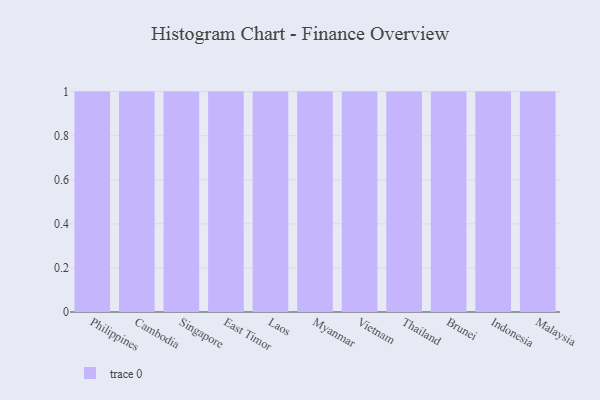
{"axis": {"x": "Country", "y": "Market Share (%)"}, "legend": [""], "data": [{"x": "Philippines", "y": 17, "type": ""}, {"x": "Cambodia", "y": 100, "type": ""}, {"x": "Singapore", "y": 28, "type": ""}, {"x": "East Timor", "y": 88, "type": ""}, {"x": "Laos", "y": 8, "type": ""}, {"x": "Myanmar", "y": 71, "type": ""}, {"x": "Vietnam", "y": 36, "type": ""}, {"x": "Thailand", "y": 25, "type": ""}, {"x": "Brunei", "y": 24, "type": ""}, {"x": "Indonesia", "y": 81, "type": ""}, {"x": "Malaysia", "y": 27, "type": ""}]}